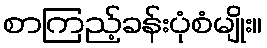
စာကြည့်ခန်းပုံစံမျိုး။